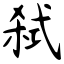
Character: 弑